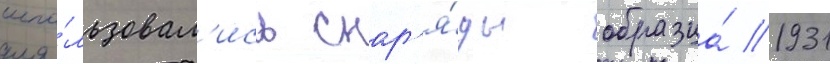
испо́льзовал'ись снар'я́ды образца́ 1931